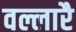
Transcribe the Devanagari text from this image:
वल्लारै